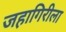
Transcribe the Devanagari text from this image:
जहागिरीला